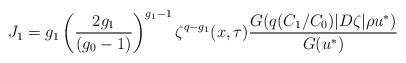
LaTeX: \begin{align*}J_1 = g_1\left( \frac {2g_1}{(g_0-1)}\right)^{g_1-1}\zeta^{q-g_1}(x,\tau)\frac {G(q(C_1/C_0)|D\zeta|\rho u^*)}{G(u^*)}\end{align*}